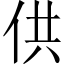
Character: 供